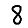
Digit: 8